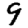
Digit: 9